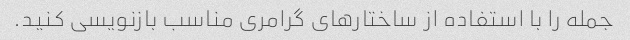
جمله را با استفاده از ساختارهای گرامری مناسب بازنویسی کنید.